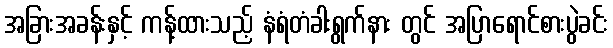
အခြားအခန်းနှင့် ကန့်ထားသည့် နံရံတံခါးရွက်နား တွင် အပြာရောင်စားပွဲခင်း